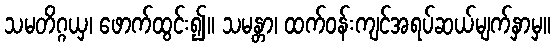
သမတိဂ္ဂယှ၊ ဖောက်ထွင်း၍။ သမန္တာ၊ ထက်ဝန်းကျင်အရပ်ဆယ်မျက်နှာမှ။